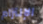
الإلتزام